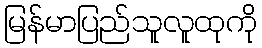
မြန်မာပြည်သူလူထုကို